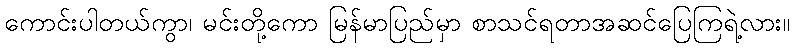
ကောင်းပါတယ်ကွာ၊ မင်းတို့ကော မြန်မာပြည်မှာ စာသင်ရတာအဆင်ပြေကြရဲ့လား။